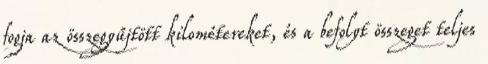
fogja az összegyűjtött kilométereket, és a befolyt összeget teljes